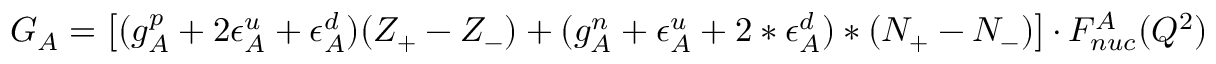
G _ { A } = \left[ ( g _ { A } ^ { p } + 2 \epsilon _ { A } ^ { u } + \epsilon _ { A } ^ { d } ) ( Z _ { + } - Z _ { - } ) + ( g _ { A } ^ { n } + \epsilon _ { A } ^ { u } + 2 * \epsilon _ { A } ^ { d } ) * ( N _ { + } - N _ { - } ) \right] \cdot F _ { n u c } ^ { A } ( Q ^ { 2 } )